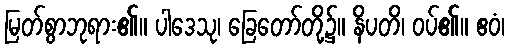
မြတ်စွာဘုရား၏။ ပါဒေသု၊ ခြေတော်တို့၌။ နိပတိ၊ ဝပ်၏။ ဧဝံ၊